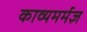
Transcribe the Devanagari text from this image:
काव्यमर्मज्ञ